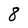
Character: 8